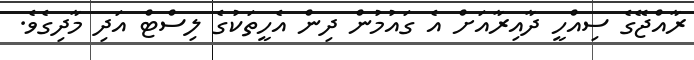
ރާއްޖޭގެ ސިއްހީ ދާއިރާއަށް އެ ގައުމުން ދިން އެހީތަކުގެ ލިސްޓް އަދި މާދިގެވެ.